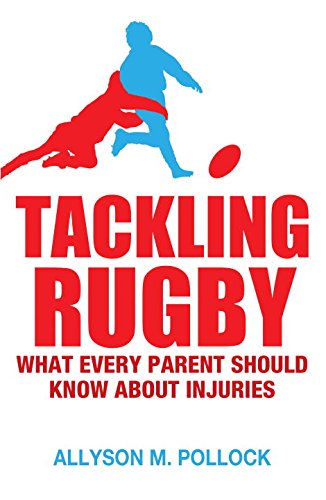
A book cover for Tackling Rugby: What Every Parent Should Know; Allyson Pollock; Sports & Outdoors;